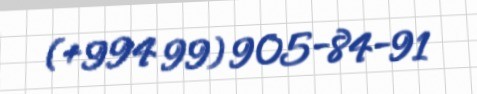
(+994 99) 905-84-91